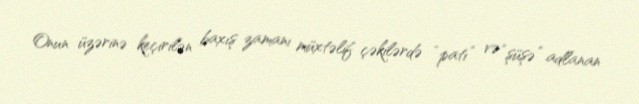
Onun üzərinə keçirilən baxış zamanı müxtəlif çəkilərdə “patı” və “şüşə” adlanan